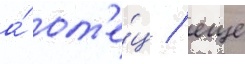
а́ от'е́ц / еще